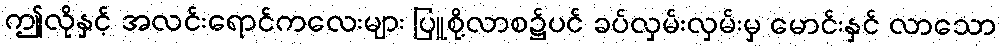
ဤလိုနှင့် အလင်းရောင်ကလေးများ ပြူစို့လာစ၌ပင် ခပ်လှမ်းလှမ်းမှ မောင်းနှင် လာသော